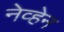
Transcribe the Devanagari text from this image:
नेव्हेन